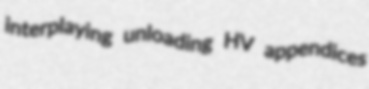
interplaying unloading HV appendices